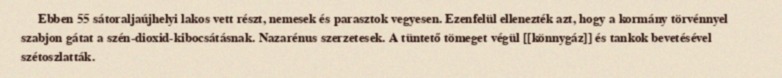
Ebben 55 sátoraljaújhelyi lakos vett részt, nemesek és parasztok vegyesen. Ezenfelül ellenezték azt, hogy a kormány törvénnyel szabjon gátat a szén-dioxid-kibocsátásnak. Nazarénus szerzetesek. A tüntető tömeget végül [[könnygáz]] és tankok bevetésével szétoszlatták.